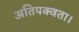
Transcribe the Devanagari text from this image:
अतिपक्वता।